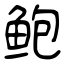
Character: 鲍